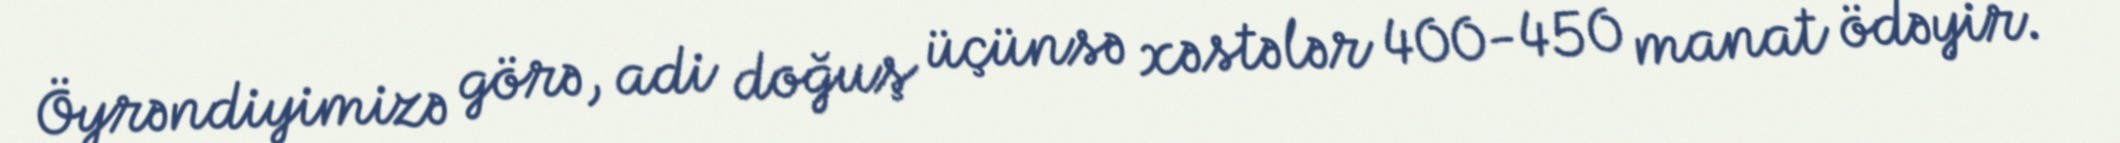
Öyrəndiyimizə görə, adi doğuş üçünsə xəstələr 400-450 manat ödəyir.